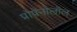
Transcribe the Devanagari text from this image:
प्रोप्रेनोलॉल